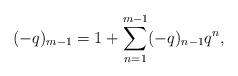
LaTeX: \begin{align*}(-q)_{m-1}=1+\sum_{n=1}^{m-1}(-q)_{n-1}q^n,\end{align*}